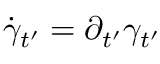
\dot { \gamma } _ { t ^ { \prime } } = \partial _ { t ^ { \prime } } \gamma _ { t ^ { \prime } }